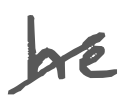
Text: he
Cross-out: diagonal
Writing tool: digital_gray